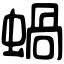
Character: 蝸